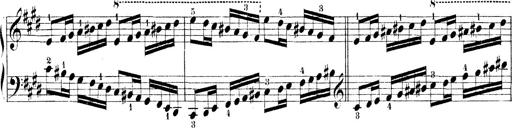
Title: Technische Studien
Composer: Franz Liszt